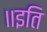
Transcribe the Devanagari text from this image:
॥इति